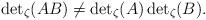
LaTeX: \begin{align*}{\det}_\zeta (AB) \neq {\det}_\zeta (A) \, {\det}_\zeta (B).\end{align*}